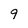
Character: 9